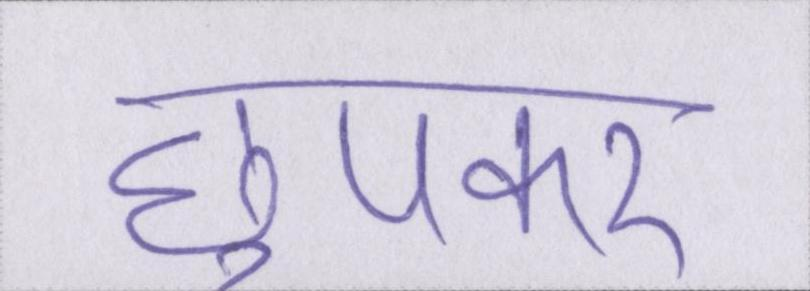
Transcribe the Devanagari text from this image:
छुपकर